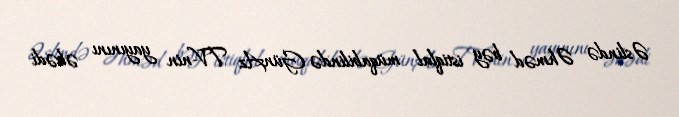
Əslində Əhməd bəy istiqlal müqabilində GünAz TV-nin yayınını əbədi